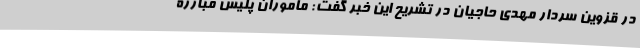
در قزوین سردار مهدی حاجیان در تشریح این خبر گفت: مأموران پلیس مبارزه